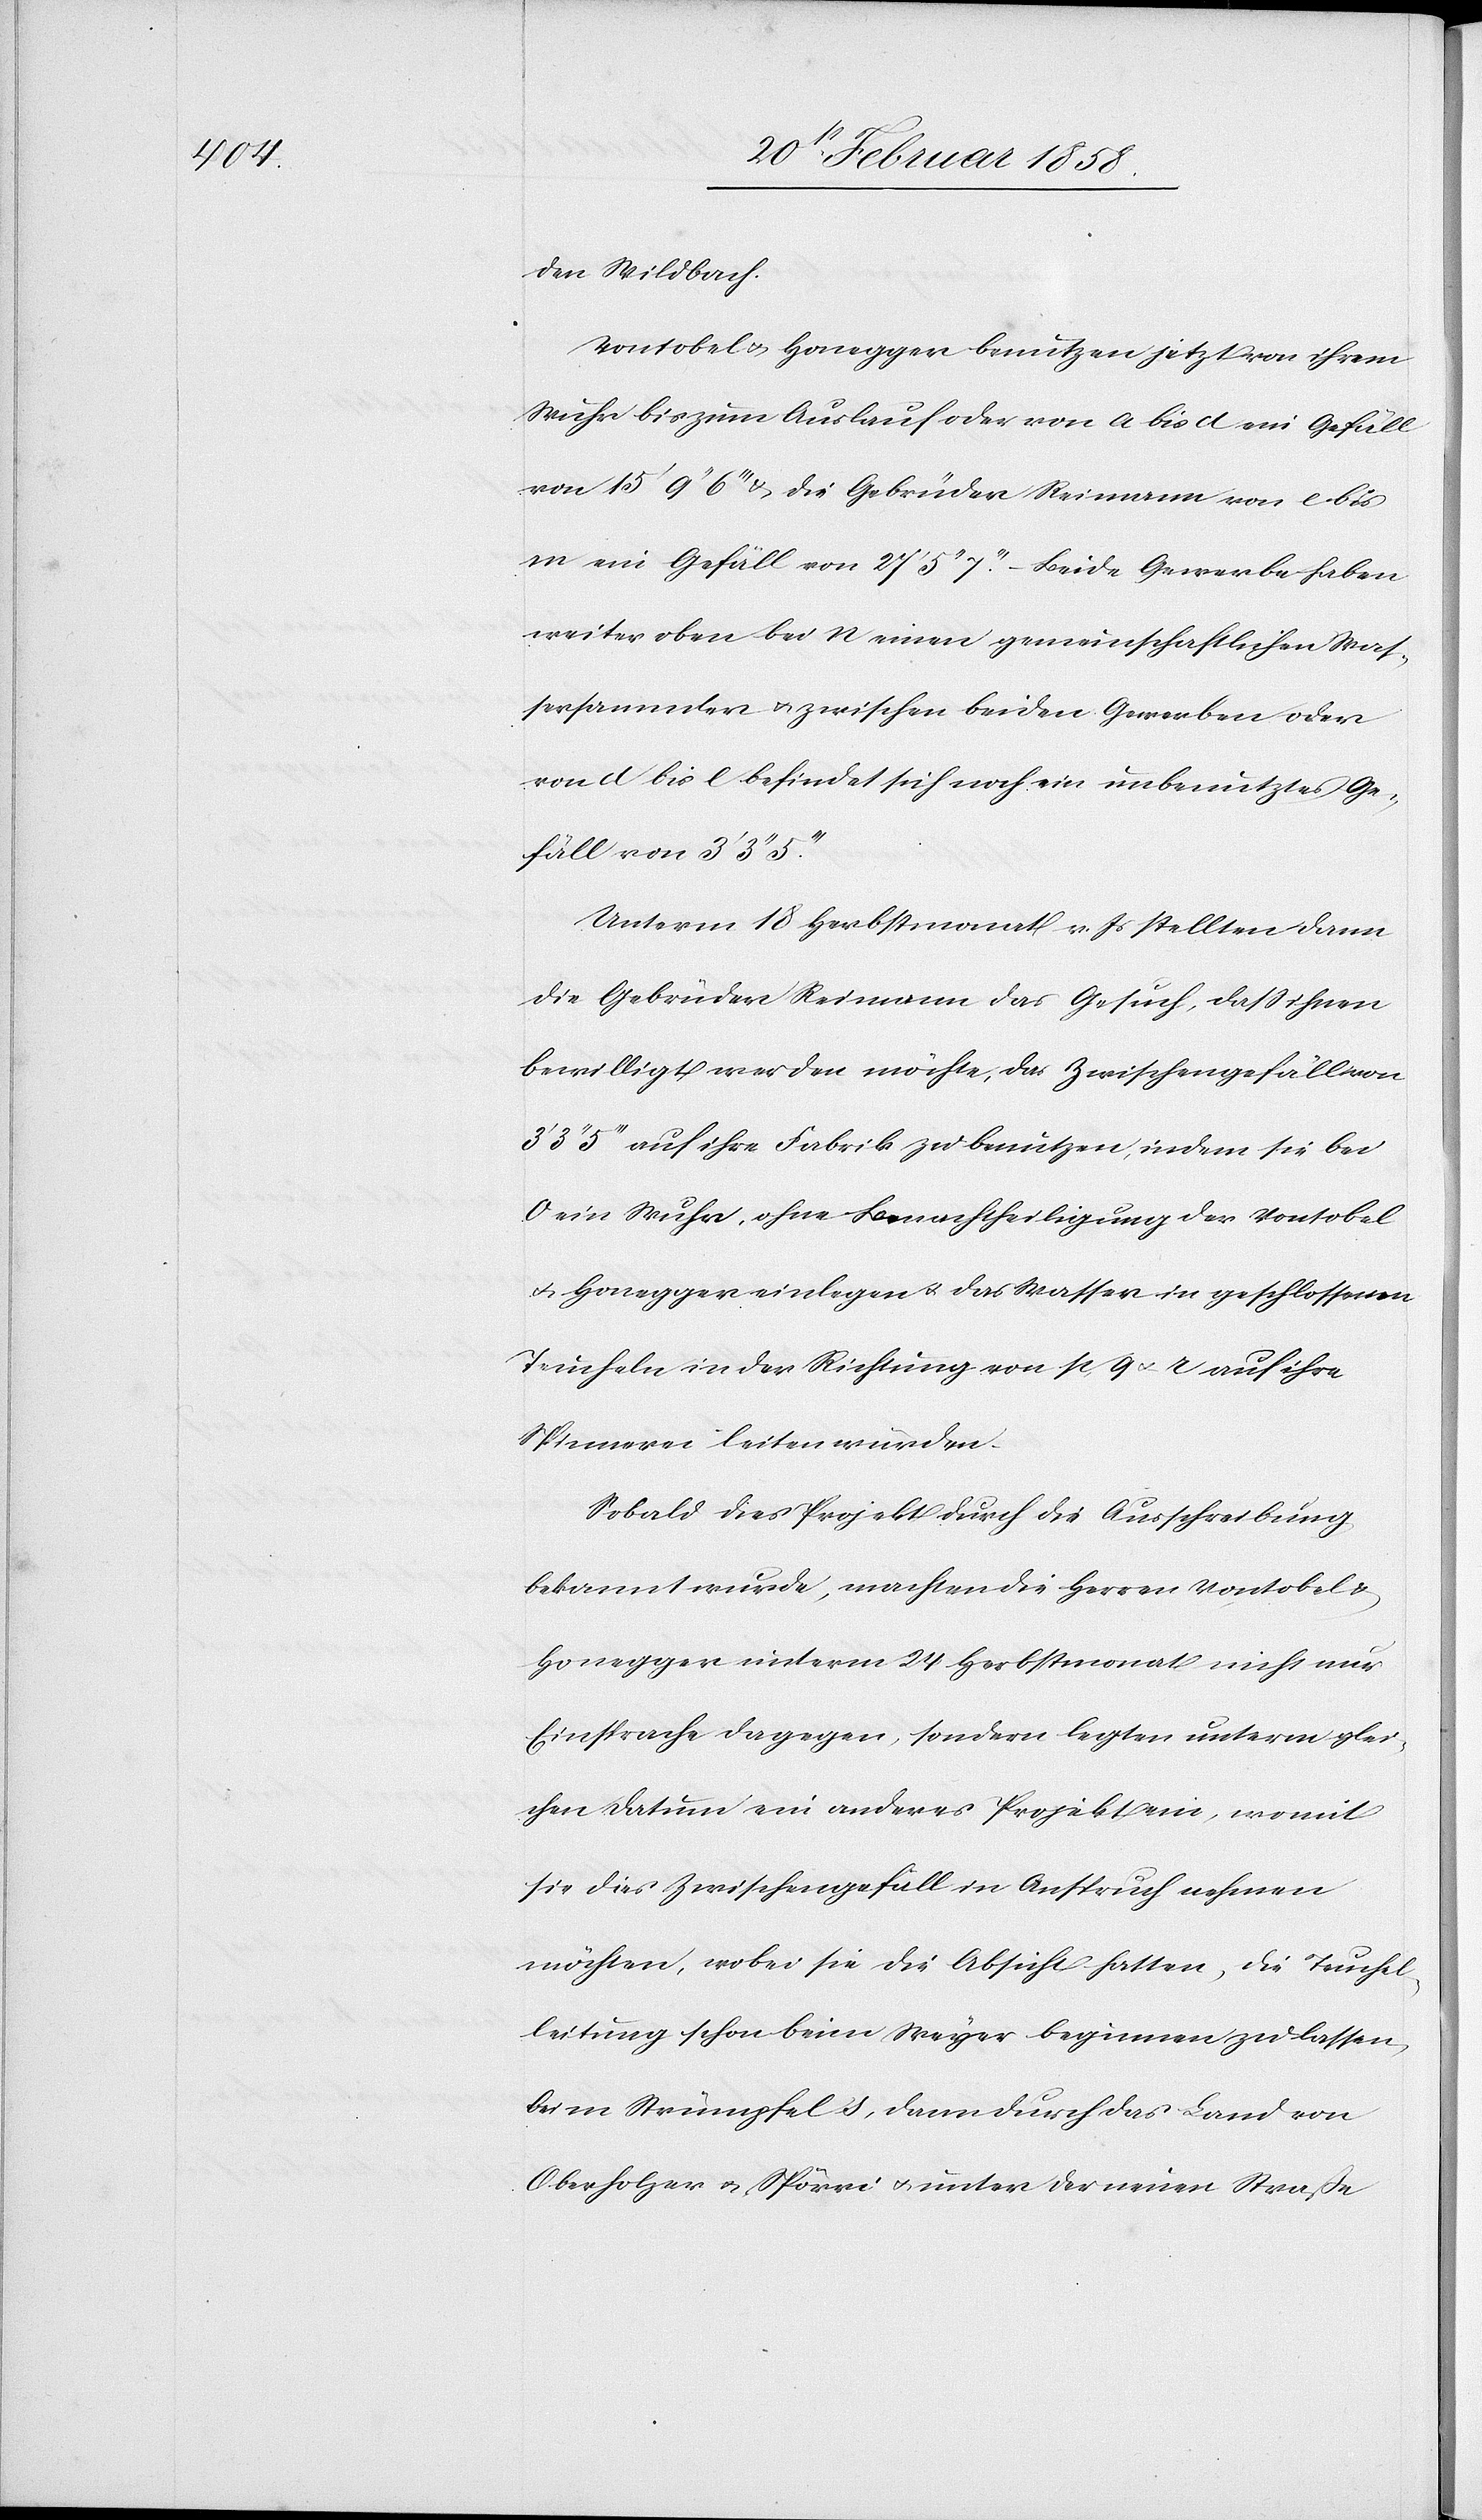
den Wildbach.
Vontobel u. Honegger benutzen jetzt von ihrem
Wuhr bis zum Auslauf oder von a bis d ein Gefäll
von 15’ 9’’ 6’’’ u. die Gebrüder Reimann von e bis
m ein Gefäll von 27’ 5’’ 7’’’. – Beide Gewerbe haben
weiter oben bei n einen gemeinschaftlichen Was¬
sersammler u. zwischen beiden Gewerben oder
von d bis e befindet sich noch ein unbenutztes Ge¬
fäll von 3’ 3’’
Unterm 18 Herbstmonat v. Js stellten dann
die Gebrüder Reimann das Gesuch, daß ihnen
bewilligt werden möchte, das Zwischengefäll von
3’’ 5’’’ auf ihre Fabrik zu benutzen, indem sie bei
o ein Wuhr, ohne Benachtheiligung der Vontobel
u. Honegger einlegen u. das Wasser in geschlossenen
Teucheln in der Richtung von p, q u. r auf ihre
Spinnerei leiten würden.
Sobald dies Projekt durch die Ausschreibung
bekannt wurde, machten die Herren Vontobel u.
Honegger unterm 24 Herbstmonat nicht nur
Einsprache dagegen, sondern legten unterm glei¬
chen Datum ein anderes Projekt ein, womit
sie dies Zwischengefäll in Anspruch nehmen
möchten, wobei sie die Absicht hatten, die Teuchel¬
leitung schon beim Weyer beginnen zu lassen,
beim Strümpfel s, dann durch das Land von
Oberholzer u. Spörri u. unter der einen Straße